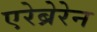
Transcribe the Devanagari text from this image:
एरेब्रेरेन